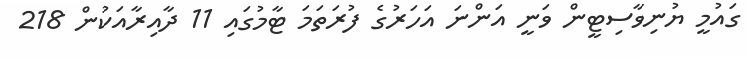
ގައުމީ ޔުނިވާސިޓީން ވަނީ އަންނަ އަހަރުގެ ފުރަތަމަ ޓާމުގައި 11 ދާއިރާއަކުން 218